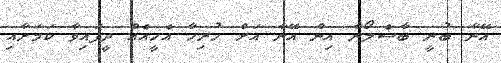
އޭނާ ބުނީ ބާސެލޯނާ އިން އޭނާ އަށް ހުރިހާ އެހީއެއް ދީފައިވާ ކަމަށާއި